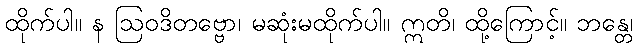
ထိုက်ပါ။ န ဩဝဒိတဗ္ဗော၊ မဆုံးမထိုက်ပါ။ ဣတိ၊ ထို့ကြောင့်။ ဘန္တေ၊